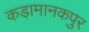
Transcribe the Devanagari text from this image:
कड़ामानकपुर